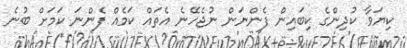
ކިޔަވާ ކުދިންގެ ކިބައިން ފެންނަން ނުޖެހޭނެ އެތައް ކަމެއް ފެންނަ ކަމަށް ބުނެ